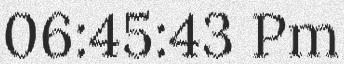
06:45:43 Pm